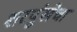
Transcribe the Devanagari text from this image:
शरपुंखेचा